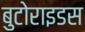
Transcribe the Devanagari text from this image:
बुटोराइडस